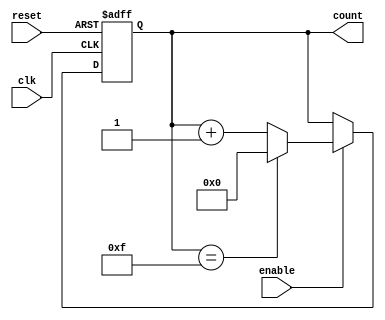
module MemoryBlocksUpCounter #(
    parameter WIDTH = 4 // Define the bit-width of the counter
)(
    input wire clk,         // Clock signal
    input wire reset,       // Reset signal
    input wire enable,      // Enable signal
    output reg [WIDTH-1:0] count // Current count value
);

// Asynchronous reset and counting logic
always @(posedge clk or posedge reset) begin
    if (reset) begin
        count <= 0; // Reset count to zero
    end else if (enable) begin
        if (count == (1 << WIDTH) - 1) begin
            count <= 0; // Wrap around on overflow
        end else begin
            count <= count + 1; // Increment count
        end
    end
end

endmodule